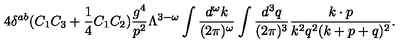
4 \delta ^ { a b } ( C _ { 1 } C _ { 3 } + { \frac { 1 } { 4 } } C _ { 1 } C _ { 2 } ) { \frac { g ^ { 4 } } { p ^ { 2 } } } \Lambda ^ { 3 - \omega } \int { \frac { d ^ { \omega } k } { ( 2 \pi ) ^ { \omega } } } \int { \frac { d ^ { 3 } q } { ( 2 \pi ) ^ { 3 } } } { \frac { k \cdot p } { k ^ { 2 } q ^ { 2 } ( k + p + q ) ^ { 2 } } } .